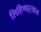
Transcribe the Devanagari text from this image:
लिहिणाऱ्यास